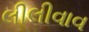
લીલીવાવ